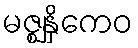
မဇ္ဈနှိကေဝ